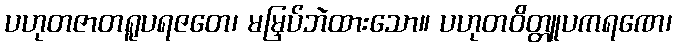
ပဟုတဇာတရူပရဇတေ၊ မမြှပ်ဘဲထားသော။ ပဟုတဝိတ္တူပကရဏေ၊